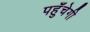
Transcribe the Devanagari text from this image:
पहुँचेगी